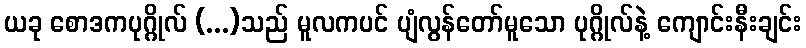
ယခု စောဒကပုဂ္ဂိုလ် (...)သည် မူလကပင် ပျံလွန်တော်မူသော ပုဂ္ဂိုလ်နဲ့ ကျောင်းနီးချင်း